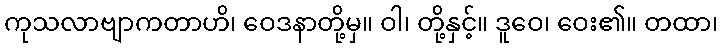
ကုသလာဗျာကတာဟိ၊ ဝေဒနာတို့မှ။ ဝါ၊ တို့နှင့်။ ဒူဝေ၊ ဝေး၏။ တထာ၊